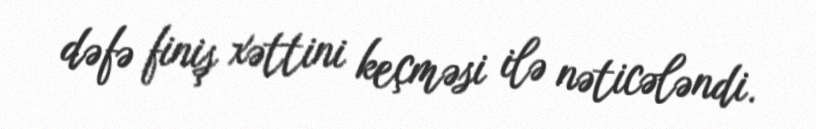
dəfə finiş xəttini keçməsi ilə nəticələndi.